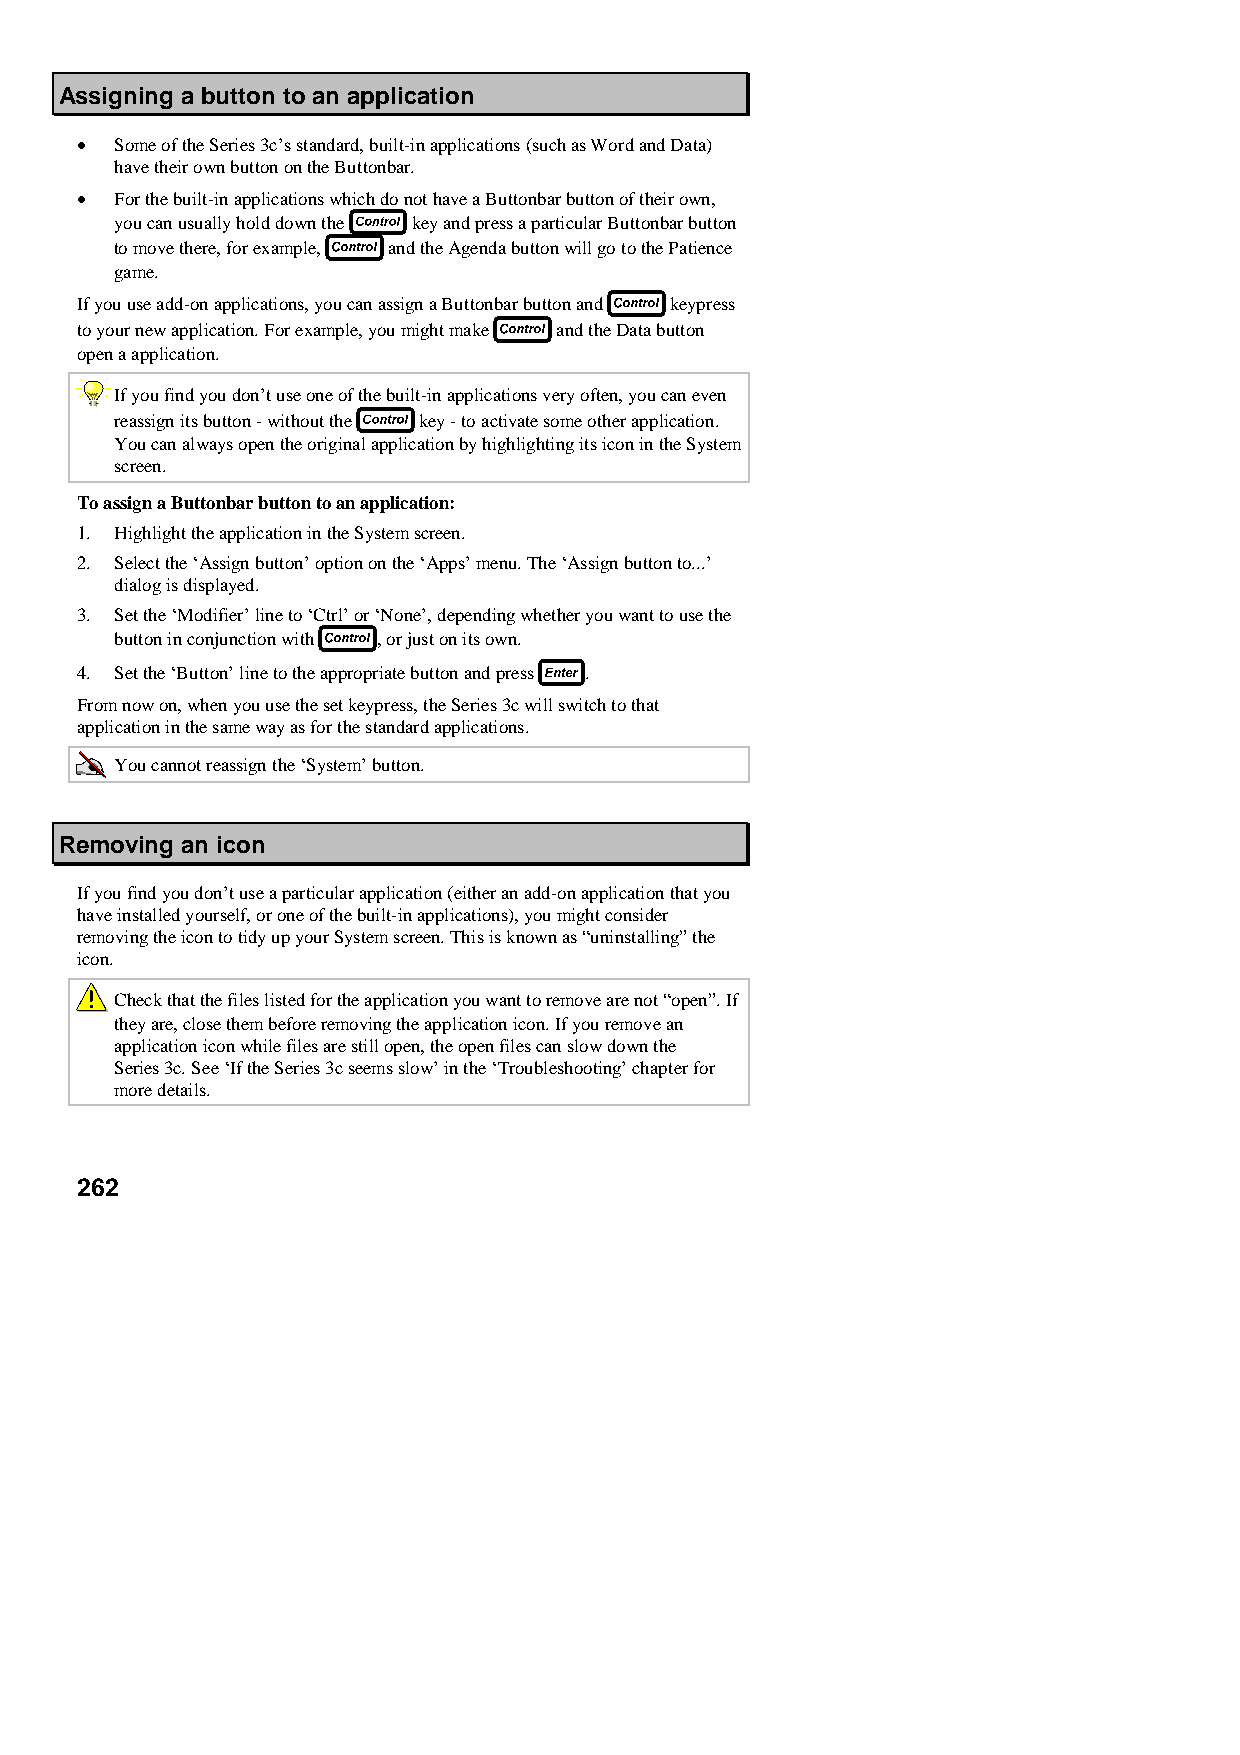
Assigning a button to an application
 •  Some of the Series 3c’s standard, built-in applications (such as Word and Data)
 have their own button on the Buttonbar.
 •  For the built-in applications which do not have a Buttonbar button of their own,
 you can usually hold down the key and press a particular Buttonbar button
 to move there, for example, and the Agenda button will go to the Patience
 game.
 If you use add-on applications, you can assign a Buttonbar button and keypress
 to your new application. For example, you might make and the Data button
 open a application.
 If you find you don’t use one of the built-in applications very often, you can even
 reassign its button - without the key - to activate some other application.
 You can always open the original application by highlighting its icon in the System
 screen.
 To assign a Buttonbar button to an application:
 1. Highlight the application in the System screen.
 2. Select the ‘Assign button’ option on the ‘Apps’ menu. The ‘Assign button to...’
 dialog is displayed.
 3. Set the ‘Modifier’ line to ‘Ctrl’ or ‘None’, depending whether you want to use the
 button in conjunction with , or just on its own.
 4. Set the ‘Button’ line to the appropriate button and press .
 From now on, when you use the set keypress, the Series 3c will switch to that
 application in the same way as for the standard applications.
 You cannot reassign the ‘System’ button.
 Removing an icon
 If you find you don’t use a particular application (either an add-on application that you
 have installed yourself, or one of the built-in applications), you might consider
 removing the icon to tidy up your System screen. This is known as “uninstalling” the
 icon.
 Check that the files listed for the application you want to remove are not “open”. If
 they are, close them before removing the application icon. If you remove an
 application icon while files are still open, the open files can slow down the
 Series 3c. See ‘If the Series 3c seems slow’ in the ‘Troubleshooting’ chapter for
 more details.
 262